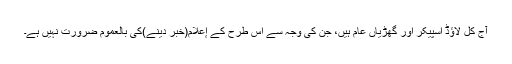
آج کل لاؤڈ اسپیکر اور گھڑیاں عام ہیں، جن کی وجہ سے اس طرح کے إعلام(خبر دینے)کی بالعموم ضرورت نہیں ہے۔